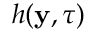
h ( \mathbf { y } , \tau )